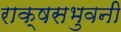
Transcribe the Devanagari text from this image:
राक्षसभुवनी